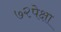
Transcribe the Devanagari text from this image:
७२पेक्षा